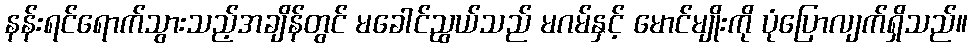
နန်းရင်ရောက်သွားသည့်အချိန်တွင် မခေါင်ညွယ်သည် မဂမ်နှင့် မောင်မျိုးကို ပုံပြောလျက်ရှိသည်။